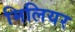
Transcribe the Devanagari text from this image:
मिलियर